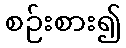
စဉ်းစား၍